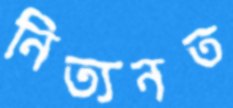
নিত্যনত